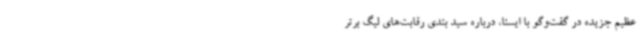
عظیم‌ جزیده در گفت‌وگو با ایسنا، درباره سید بندی رقابت‌های لیگ برتر